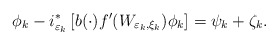
\begin{align*}\phi_{k}-i_{\varepsilon_{k}}^{\ast}\left[ b(\cdot)f^{\prime}(W_{\varepsilon_{k},\xi_{k}})\phi_{k}\right] =\psi_{k}+\zeta_{k}. \end{align*}